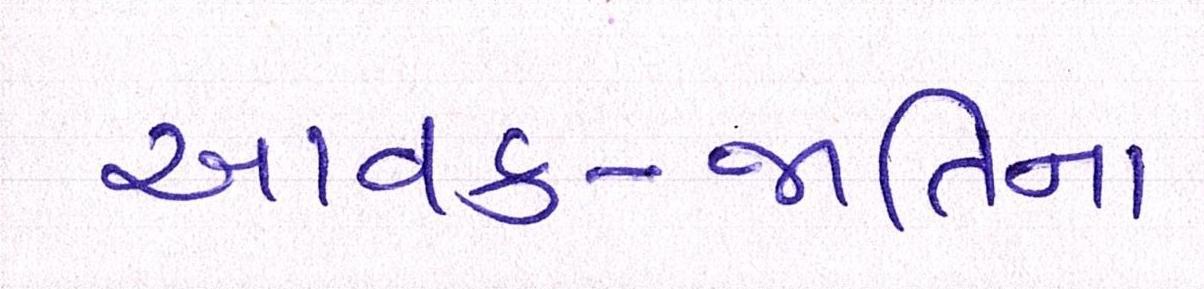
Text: આવક-જાતિના